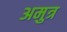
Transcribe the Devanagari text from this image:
अमुत्र